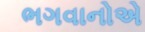
ભગવાનોએ